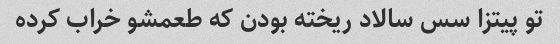
تو پیتزا سس سالاد ریخته بودن که طعمشو خراب کرده